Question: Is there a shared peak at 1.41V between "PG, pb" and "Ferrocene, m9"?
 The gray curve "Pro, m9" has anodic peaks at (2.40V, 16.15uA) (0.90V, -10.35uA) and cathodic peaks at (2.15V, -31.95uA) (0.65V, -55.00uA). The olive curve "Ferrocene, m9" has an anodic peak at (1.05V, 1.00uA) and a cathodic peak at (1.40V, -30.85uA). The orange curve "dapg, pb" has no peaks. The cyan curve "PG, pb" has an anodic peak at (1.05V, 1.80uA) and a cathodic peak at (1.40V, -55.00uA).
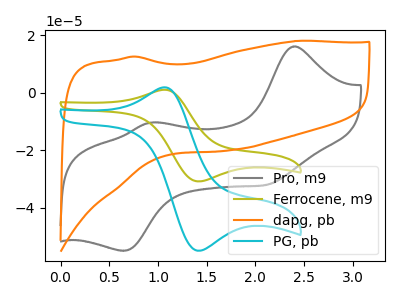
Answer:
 <answer>Yes, "PG, pb" and "Ferrocene, m9" share a peak at 1.41V.</answer>
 <eval>match</eval>